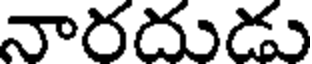
నారదుడు